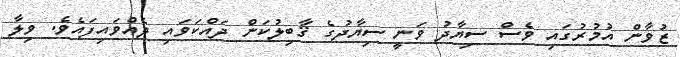
ޒުވާން އުމުރުގައި ވެސް ސިޔާދު ވަނީ ސިޔާދުގެ ޤާބިލުކަން ދައްކަވައި ދެއްވައިފައެވެ. ވިލާ